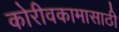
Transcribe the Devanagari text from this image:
कोरीवकामासाठी